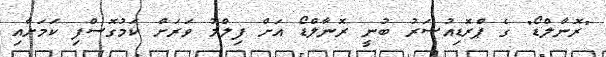
"ރޮނާލްޑޯ" ގެ ޕްރޮޑިއުސަރު ބުނީ ރޮނާލްޑޯ އަށް ފިލްމު ވަރަށް ކަމުގޮސްފި ކަމަށާއި